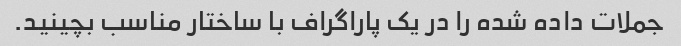
جملات داده شده را در یک پاراگراف با ساختار مناسب بچینید.